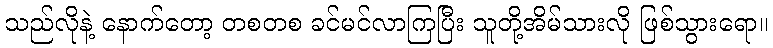
သည်လိုနဲ့ နောက်တော့ တစတစ ခင်မင်လာကြပြီး သူတို့အိမ်သားလို ဖြစ်သွားရော။